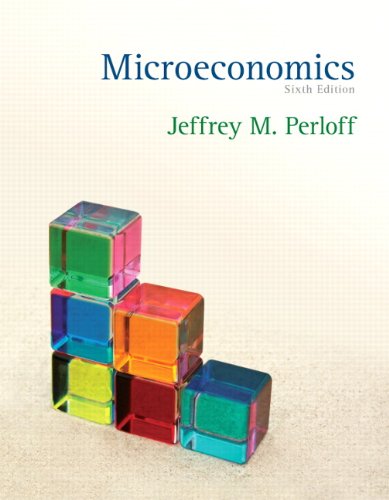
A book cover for Microeconomics (6th Edition) (The Pearson Series in Economics); Jeffrey M. Perloff; Business & Money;